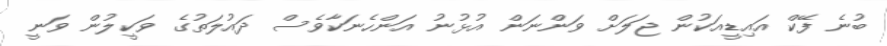
ބުނެ ފޭކް އައިޑީއަކުން ޖަލަށް ވަންނަން އުޅުނު އަންހެނަކާވެސް ދައުލަތުގެ ވަކީލުން ވަނީ